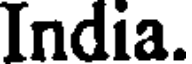
India.